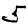
Digit: 5